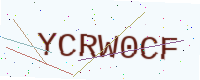
Text: YCRW0CF